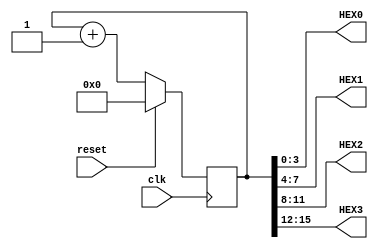
module counter (input clk, input reset, output [3:0] HEX0, output [3:0] HEX1, output [3:0] HEX2, output [3:0] HEX3);

	reg [15:0] out;
	
	assign HEX0 = out[3:0];
	assign HEX1 = out[7:4];
	assign HEX2 = out[11:8];
	assign HEX3 = out[15:12];
	
	initial
	begin
		out = 0; 
	end
		
	always @ (posedge clk)
	begin
		out <= out + 1;
		if (reset)
		begin
			out <= 0;
		end
	end 
endmodule